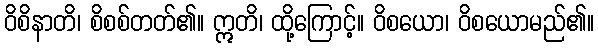
ဝိစိနာတိ၊ စိစစ်တတ်၏။ ဣတိ၊ ထို့ကြောင့်။ ဝိစယော၊ ဝိစယောမည်၏။